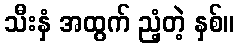
သီးနှံ အထွက် ညံ့တဲ့ နှစ်။